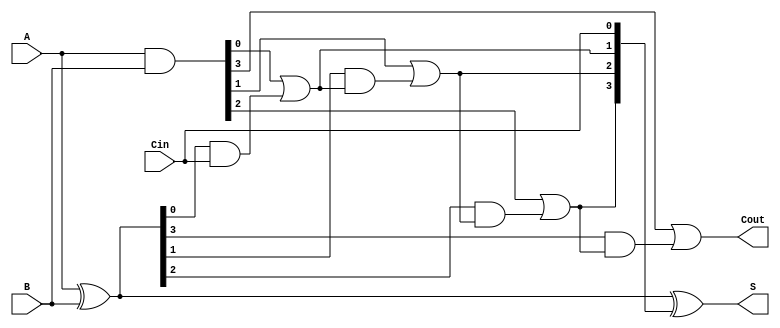
module CarryInLookaheadAdder #(parameter n = 4) (
    input [n-1:0] A,       // First n-bit binary number
    input [n-1:0] B,       // Second n-bit binary number
    input Cin,             // Carry-in signal
    output [n-1:0] S,      // n-bit sum output
    output Cout            // Carry-out signal
);
    // Generate and Propagate signals
    wire [n-1:0] G; // Generate signals
    wire [n-1:0] P; // Propagate signals
    wire [n:0] C;   // Carry signals

    // Generate and Propagate Logic
    assign G = A & B;            // G[i] = A[i] AND B[i]
    assign P = A ^ B;            // P[i] = A[i] XOR B[i]

    // Carry signals calculation
    assign C[0] = Cin;           // C[0] = Cin
    genvar i;
    generate
        for (i = 0; i < n; i = i + 1) begin : carry_calc
            if (i == 0) begin
                assign C[i + 1] = G[i] | (P[i] & C[i]);
            end else begin
                assign C[i + 1] = G[i] | (P[i] & C[i]);
            end
        end
    endgenerate

    // Sum calculation
    assign S = P ^ C[n-1:0];     // S[i] = P[i] XOR C[i]

    // Carry-out signal
    assign Cout = C[n];          // Cout = C[n]

endmodule